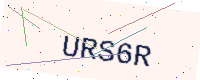
Text: URS6R